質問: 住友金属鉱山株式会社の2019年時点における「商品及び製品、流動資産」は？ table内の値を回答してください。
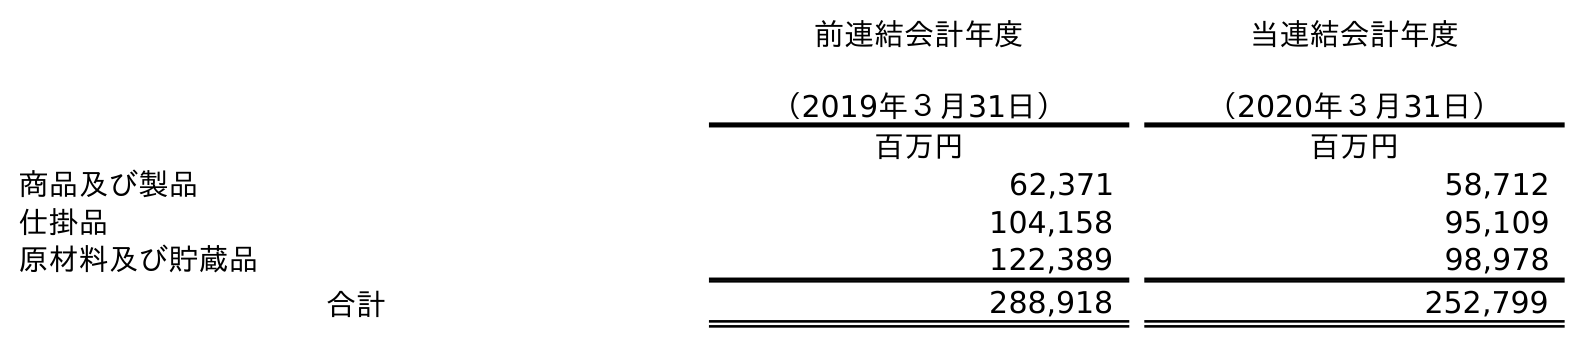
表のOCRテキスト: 前連結会計年度 （2019年３月31日） 当連結会計年度 （2020年３月31日） 百万円 百万円 商品及び製品 62,371 58,712 仕掛品 104,158 95,109 原材料及び貯蔵品 122,389 98,978 合計 288,918 252,799
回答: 62,371